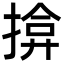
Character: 揜